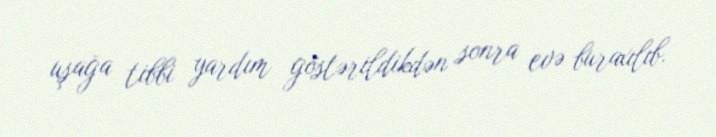
uşağa tibbi yardım göstərildikdən sonra evə buraxılıb.